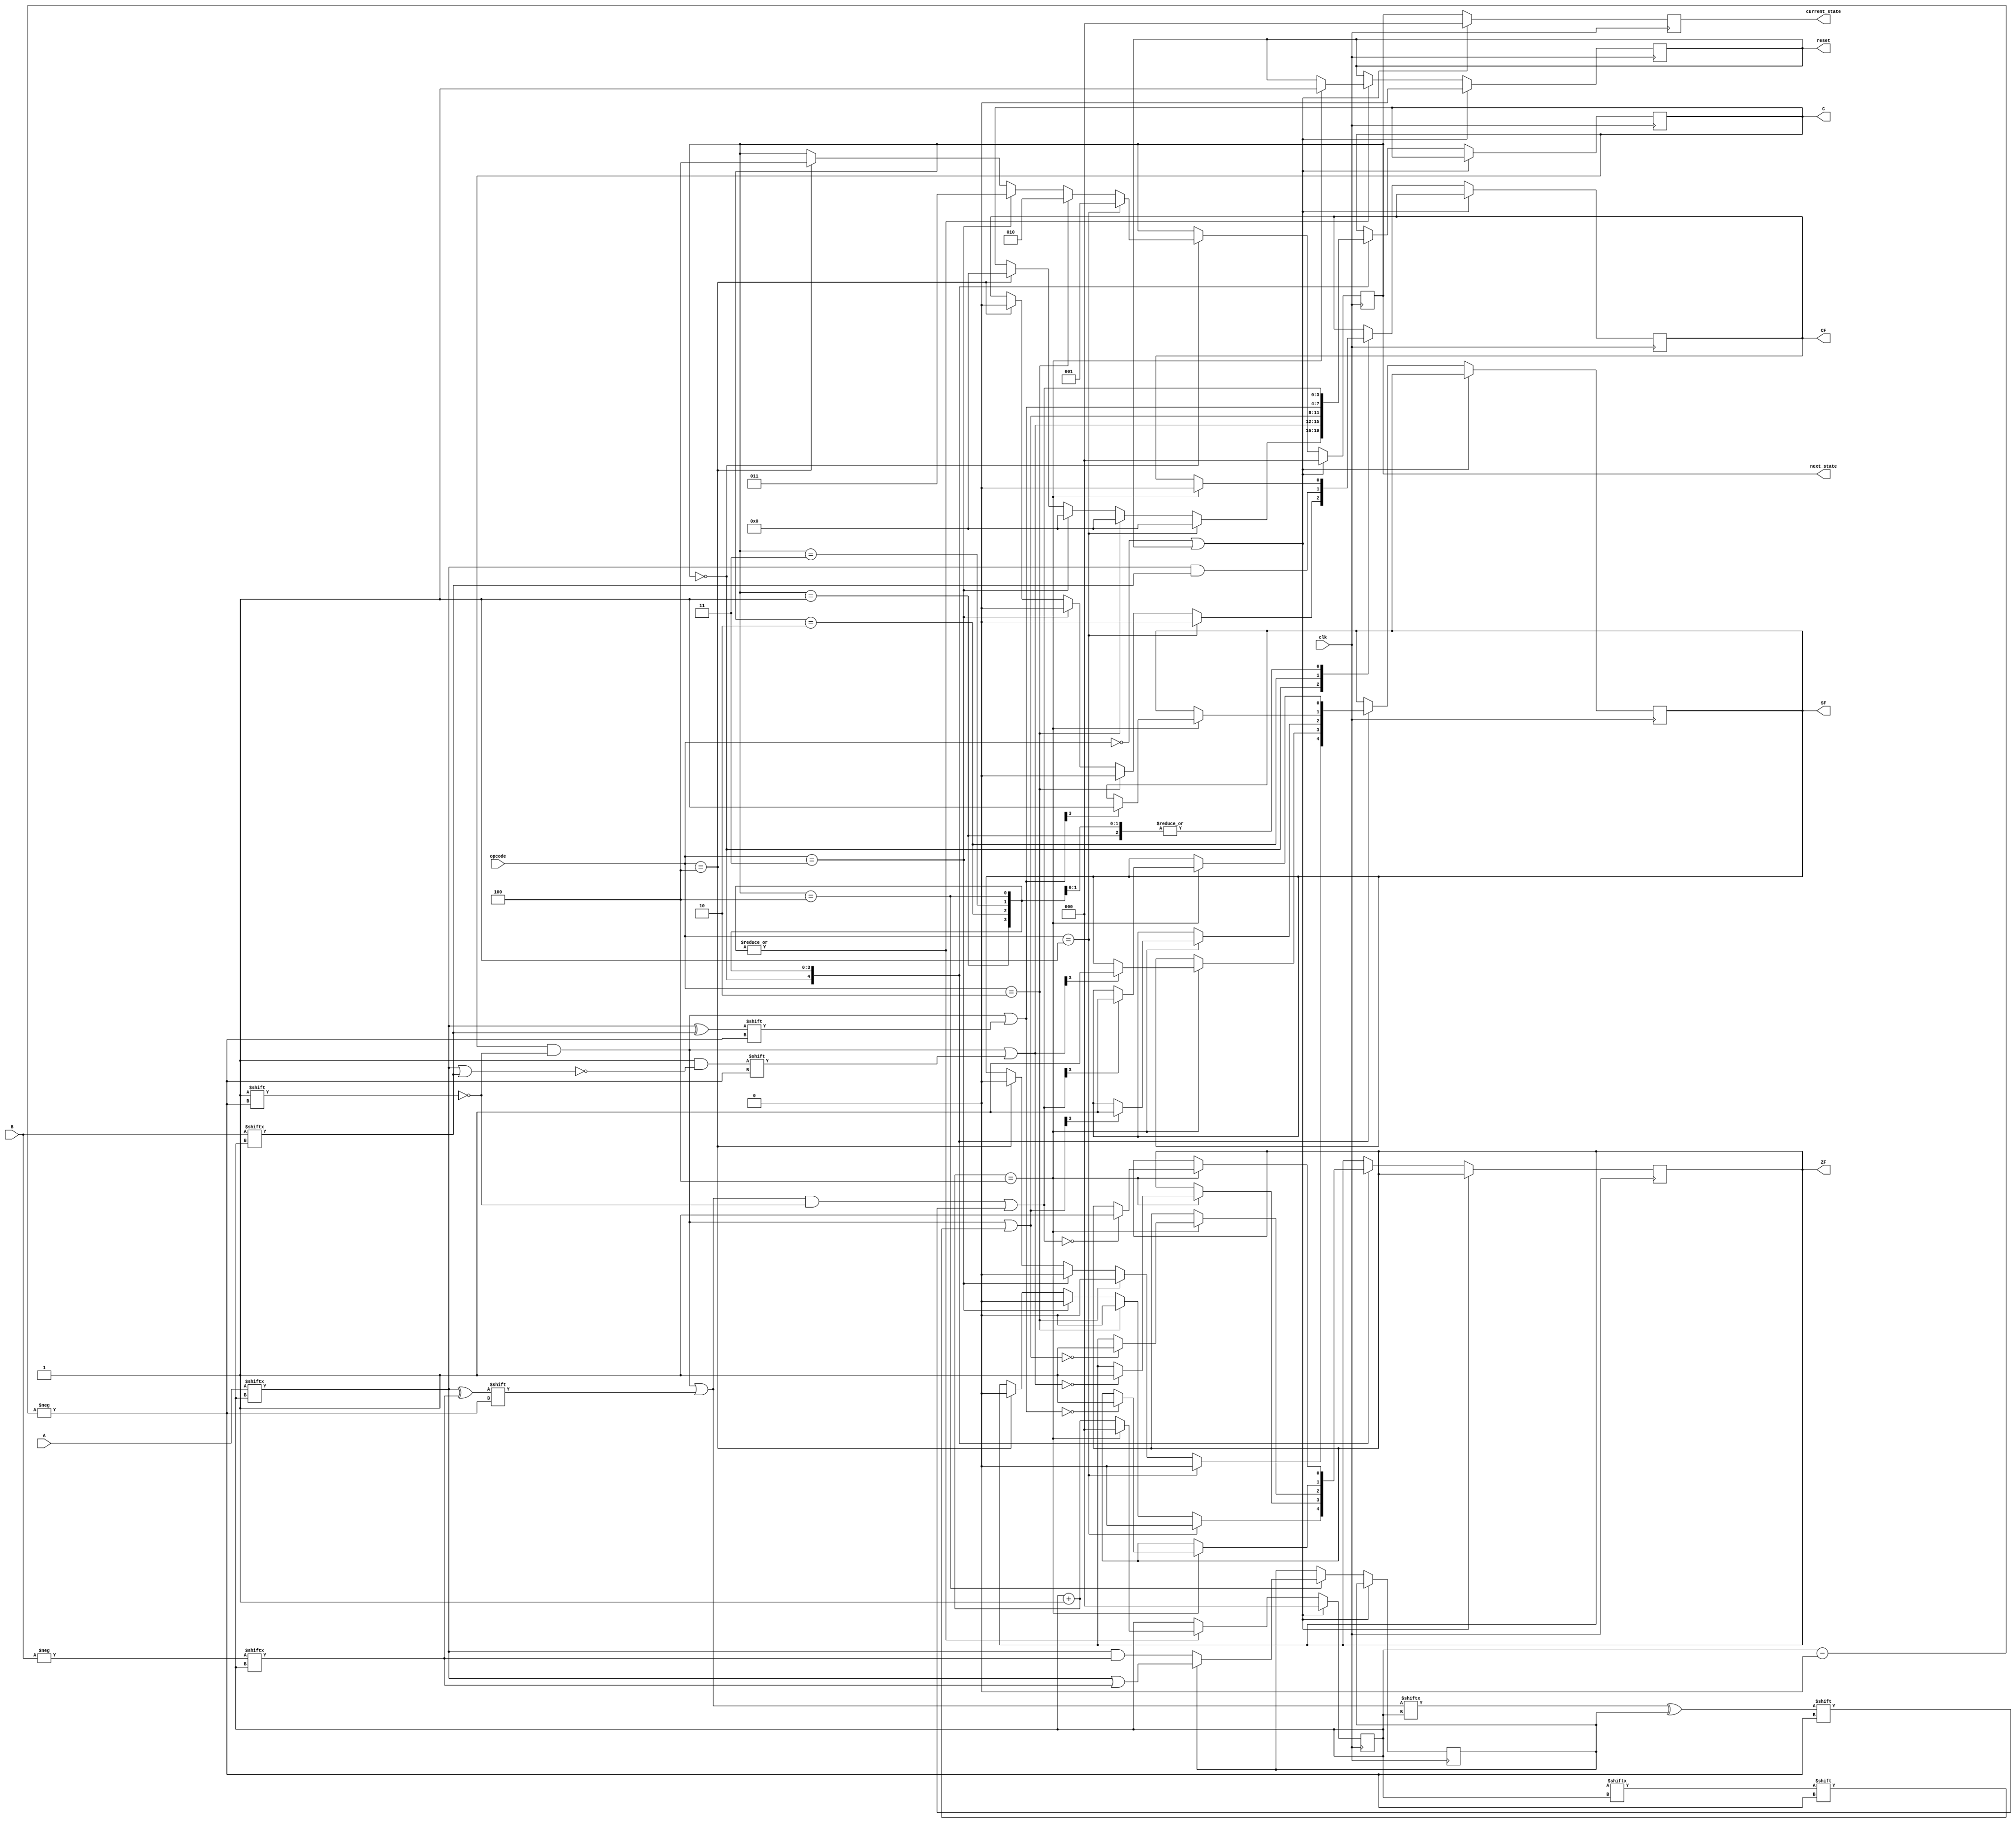
module ALU_Final(A, B, C, opcode, ZF, SF, CF, current_state, next_state, clk, reset);

	input clk;
	input [2:0] opcode;
	input [3:0] A, B;
	
	output reg ZF, SF, CF, reset;
	output reg [2:0] current_state, next_state;
	output reg [3:0] C;

	
	parameter [2:0] idle = 3'b000, NOR = 3'b001, ADD = 3'b010, XNOR = 3'b011, SUB = 3'b100;   
	reg [2:0] i = 0;
	reg [3:0] ii = 0;
	reg [3:0] compliment_2s = 0;
	reg [4:0] C_t;
	reg F;
	
	always@ (posedge clk)
		begin
			if(opcode == idle || reset == 1)  
			begin
				current_state = idle;
				next_state = idle;
				reset = 0;
				i = 0;
			end
			else
			begin
				current_state = next_state;
				case(current_state)
				idle:
				begin
					if(opcode == 1)
					begin
						next_state = NOR;
						C = 0;
						ZF = 0;
						CF = 0;
						SF = 0;
					end
					else if(opcode == 2)
					begin
						next_state = ADD;
						C = 0;
						ZF = 0;
						CF = 0;
						SF = 0;
					end
					else if(opcode == 3)
					begin
						next_state = XNOR;
						C = 0;
						ZF = 0;
						CF = 0;
						SF = 0;
					end
					else if(opcode == 4)
					begin
						next_state = SUB;
						C = 0;
						ZF = 0;
						CF = 0;
						SF = 0;
					end
				end
				NOR:
				begin
					C[i] = ~(A[i] | B[i]);
					i = i + 1; 
					if(i == 4)
					begin
						i = 0;
						reset = 1;
						CF = 0;
						if(C[3] == 1)
						begin
							SF = 1;
						end
						if(C == 0)
						begin
							ZF = 1;
						end
					end
					 
				end
				ADD:
				begin
					ii = i+1;
					{C_t[ii],C_t[i]} = (C_t[i]+A[i]+B[i]);
					C[i] = C_t[i];
					CF = A[i] & B[i];
					i = i + 1; 
					if(i == 4)
					begin
						i = 0;
						reset = 1;
						if(C[3] == 1)
						begin
							SF = 1;
						end
						if(C == 0)
						begin
							ZF = 1;
						end
					end
					
					 
				end
				XNOR:
				begin
					C[i] = (A[i] ^ B[i]);
					i = i + 1; 
					if(i == 4)
					begin
						i = 0;
						reset = 1;
						CF = 0;
						if(C[3] == 1)
						begin
							SF = 1;
						end
						if(C == 0)
						begin
							ZF = 1;
						end
					end
					
					 
				end
				SUB:
				begin
						compliment_2s = -B;
						C[i] = A[i] ^ compliment_2s[i];
						C[i] = C[i] ^ F;	
						if(F == 0)
					begin
						F = A[i] & compliment_2s[i];
					end
					else
					begin
						F = A[i] | compliment_2s[i];
					end
					
					i = i + 1; 
					if(i == 4)
					begin
						CF = 0;
						i = 0;
						reset = 1;
						if(C[3] == 1)
						begin
							SF = 1;
						end
						if(C == 0)
						begin
							ZF = 1;
						end
					end
					 
				end
				endcase
			
			end
						
		end
endmodule